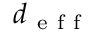
d _ { \mathrm { ~ e ~ f ~ f ~ } }